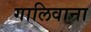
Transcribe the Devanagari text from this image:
गालिवाना